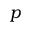
p